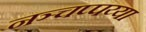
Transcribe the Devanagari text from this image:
नञ्चप्पय्या